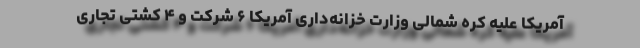
آمریکا علیه کره شمالی وزارت خزانه‌داری آمریکا ۶ شرکت و ۴ کشتی تجاری